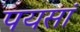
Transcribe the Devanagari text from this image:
पयसां